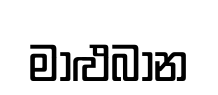
මාළුබාන